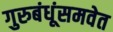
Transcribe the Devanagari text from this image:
गुरुबंधूंसमवेत